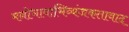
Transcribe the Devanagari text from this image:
मनोभावाभिव्यंजकतावाद